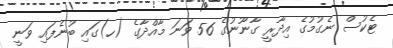
ޓެކުސް ނެގުމުގެ އިދާރީ ގާނޫނުގެ 56 ވަނަ މާއްދާގެ (ހ)ގައި ބުނެފައި ވަނީ